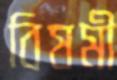
বিষমী